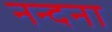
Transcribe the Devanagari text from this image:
नन्दना